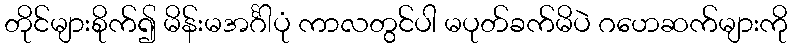
တိုင်များစိုက်၍ မိန်းမအင်္ဂါပုံ ကာလတွင်ပါ မပုတ်ခက်မိပဲ ဂဟေဆက်များကို